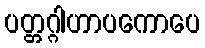
ပတ္တဂ္ဂါဟာပကောပေ